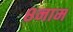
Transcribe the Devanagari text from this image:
८नाम